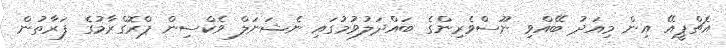
އެޗްޕީއޭ އިން މިއަދު ބޭއްވި ނޫސްވެރިންގެ ބައްދަލުވުމުގައި ނެޝަނަލް ވެކްސިން ޕްރޮގްރާމުގެ ފަރާތުން